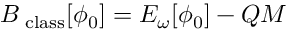
{ \cal B _ { \mathrm { \tiny ~ c l a s s } } } [ \phi _ { 0 } ] = { \cal E } _ { \omega } [ \phi _ { 0 } ] - Q M